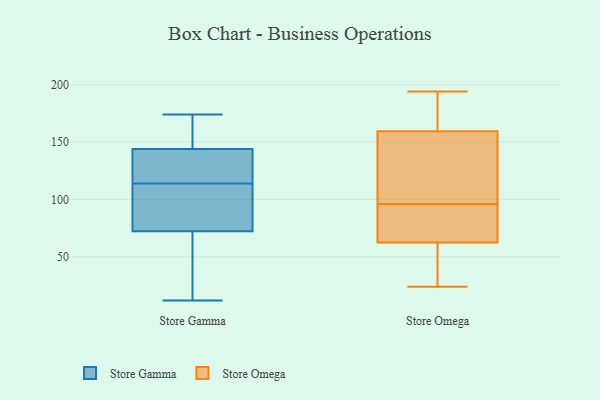
{"axis": {"x": "Production Output", "y": "Value"}, "legend": ["Store Gamma", "Store Omega"], "data": [{"x": "", "y": 129, "type": "Store Gamma"}, {"x": "", "y": 47, "type": "Store Gamma"}, {"x": "", "y": 12, "type": "Store Gamma"}, {"x": "", "y": 147, "type": "Store Gamma"}, {"x": "", "y": 146, "type": "Store Gamma"}, {"x": "", "y": 131, "type": "Store Gamma"}, {"x": "", "y": 174, "type": "Store Gamma"}, {"x": "", "y": 171, "type": "Store Gamma"}, {"x": "", "y": 138, "type": "Store Gamma"}, {"x": "", "y": 114, "type": "Store Gamma"}, {"x": "", "y": 82, "type": "Store Gamma"}, {"x": "", "y": 20, "type": "Store Gamma"}, {"x": "", "y": 82, "type": "Store Gamma"}, {"x": "", "y": 102, "type": "Store Gamma"}, {"x": "", "y": 69, "type": "Store Gamma"}, {"x": "", "y": 178, "type": "Store Omega"}, {"x": "", "y": 80, "type": "Store Omega"}, {"x": "", "y": 68, "type": "Store Omega"}, {"x": "", "y": 30, "type": "Store Omega"}, {"x": "", "y": 128, "type": "Store Omega"}, {"x": "", "y": 194, "type": "Store Omega"}, {"x": "", "y": 173, "type": "Store Omega"}, {"x": "", "y": 66, "type": "Store Omega"}, {"x": "", "y": 83, "type": "Store Omega"}, {"x": "", "y": 183, "type": "Store Omega"}, {"x": "", "y": 155, "type": "Store Omega"}, {"x": "", "y": 141, "type": "Store Omega"}, {"x": "", "y": 48, "type": "Store Omega"}, {"x": "", "y": 52, "type": "Store Omega"}, {"x": "", "y": 96, "type": "Store Omega"}, {"x": "", "y": 97, "type": "Store Omega"}, {"x": "", "y": 24, "type": "Store Omega"}]}